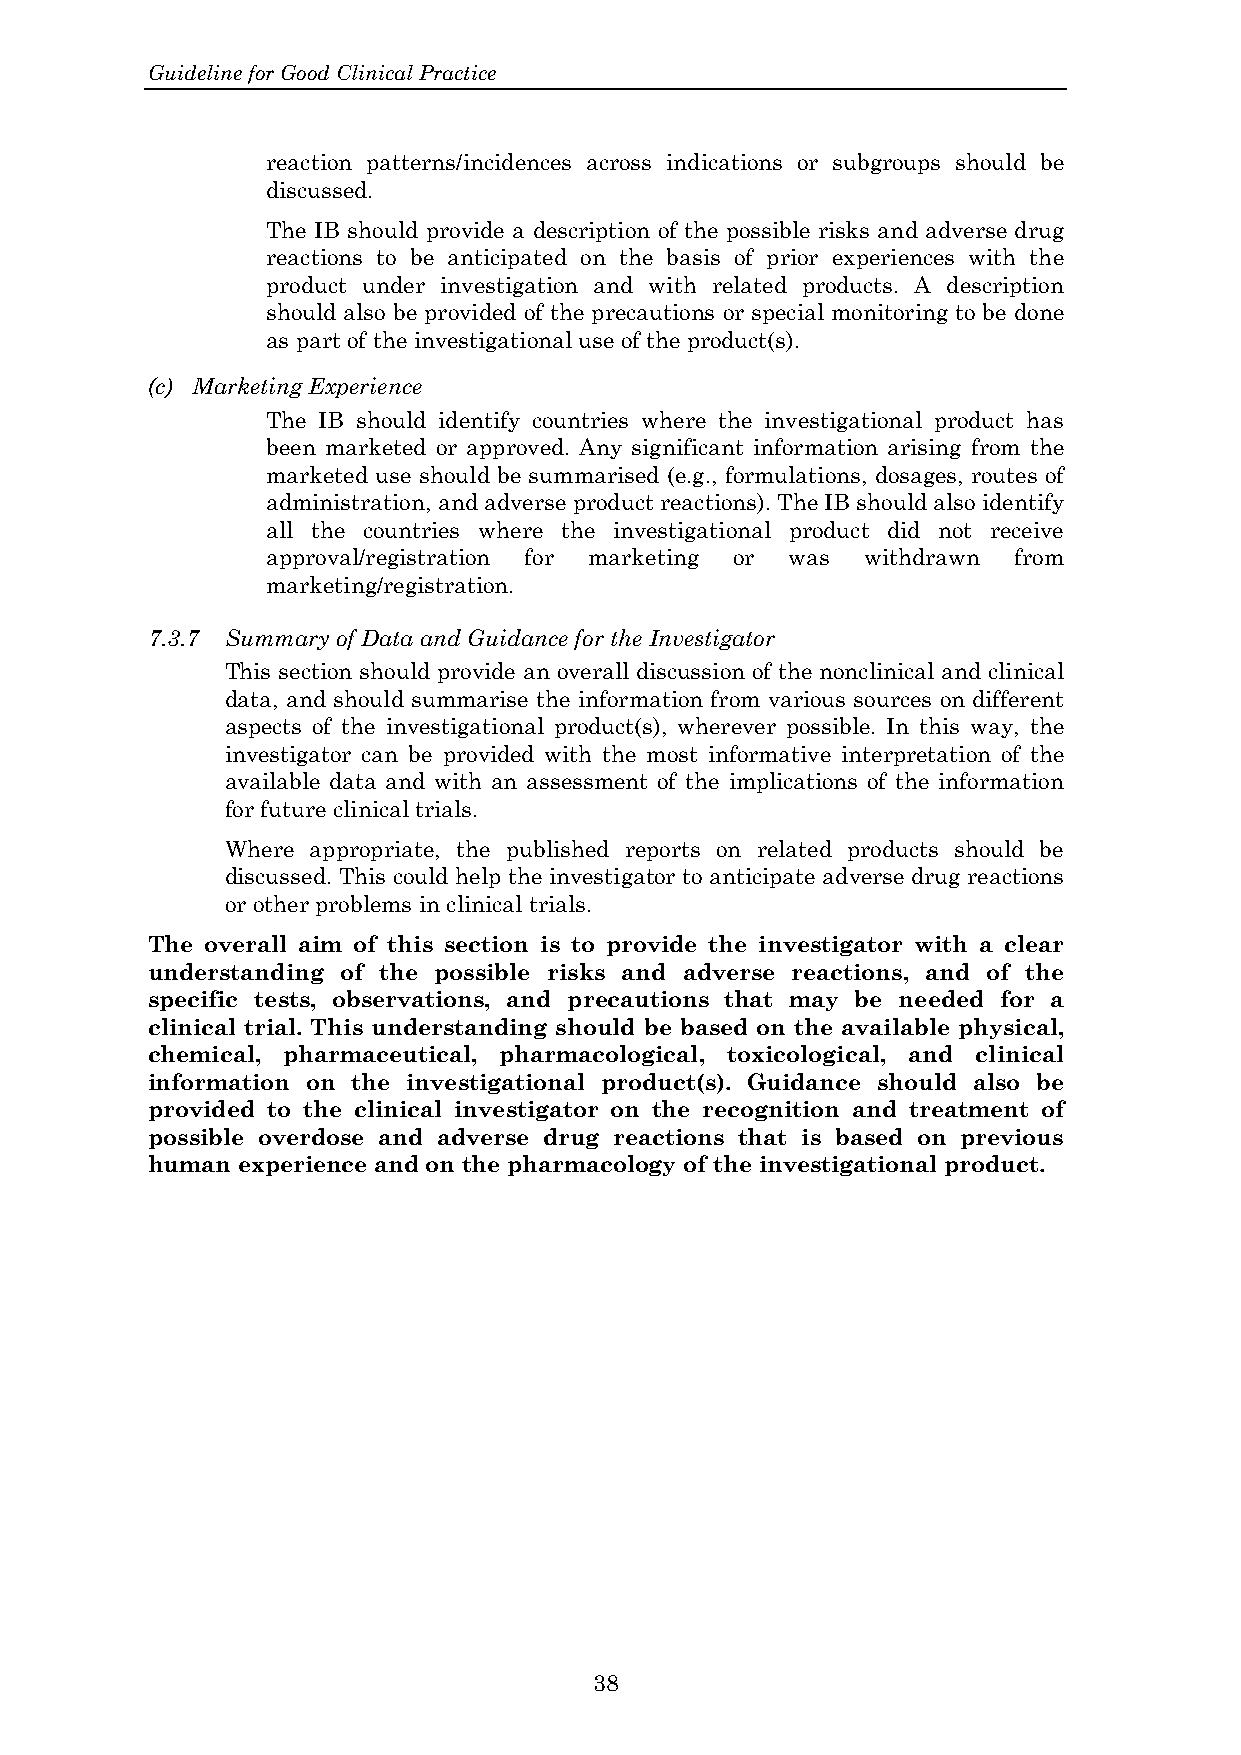
Guideline for Good Clinical Practice
 reaction patterns/incidences across indications or subgroups should be
 discussed.
 The IB should provide a description of the possible risks and adverse drug
 reactions to be anticipated on the basis of prior experiences with the
 product under investigation and with related products. A description
 should also be provided of the precautions or special monitoring to be done
 as part of the investigational use of the product(s).
 (c) Marketing Experience
 The IB should identify countries where the investigational product has
 been marketed or approved. Any significant information arising from the
 marketed use should be summarised (e.g., formulations, dosages, routes of
 administration, and adverse product reactions). The IB should also identify
 all the countries where the investigational product did not receive
 approval/registration for marketing or was withdrawn from
 marketing/registration.
 7.3.7 Summary of Data and Guidance for the Investigator
 This section should provide an overall discussion of the nonclinical and clinical
 data, and should summarise the information from various sources on different
 aspects of the investigational product(s), wherever possible. In this way, the
 investigator can be provided with the most informative interpretation of the
 available data and with an assessment of the implications of the information
 for future clinical trials.
 Where appropriate, the published reports on related products should be
 discussed. This could help the investigator to anticipate adverse drug reactions
 or other problems in clinical trials.
 The overall aim of this section is to provide the investigator with a clear
 understanding of the possible risks and adverse reactions, and of the
 specific tests, observations, and precautions that may be needed for a
 clinical trial. This understanding should be based on the available physical,
 chemical, pharmaceutical, pharmacological, toxicological, and clinical
 information on the investigational product(s). Guidance should also be
 provided to the clinical investigator on the recognition and treatment of
 possible overdose and adverse drug reactions that is based on previous
 human experience and on the pharmacology of the investigational product.
 38